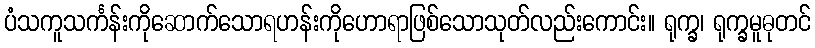
ပံသကူသင်္ကန်းကိုဆောက်သောရဟန်းကိုဟောရာဖြစ်သောသုတ်လည်းကောင်း။ ရုက္ခ၊ ရုက္ခမူဓုတင်